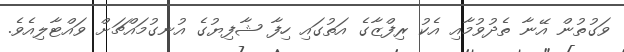
ވަގުތުން އޭނާ ތެދުވުމާއި އެކު ރިފްޒާގެ އަތުގައި ހިފާ ޝާފިޔުގެ އުނގުމައްޗަށް ވައްޓާލިއެވެ.